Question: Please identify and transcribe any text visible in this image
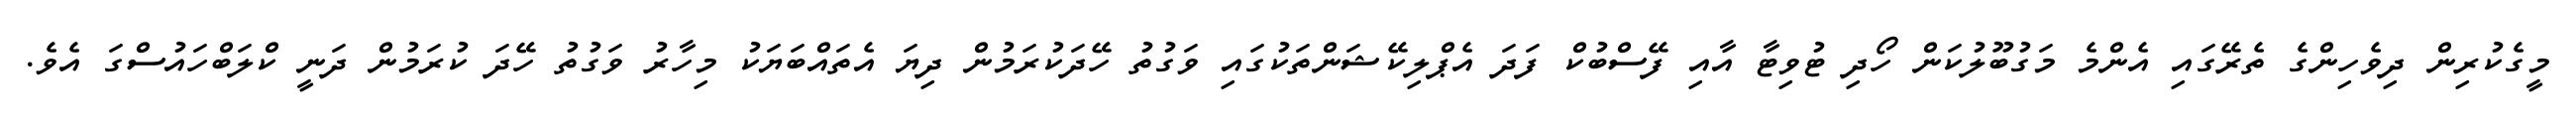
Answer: މީގެކުރިން ދިވެހިންގެ ތެރޭގައި އެންމެ މަގުބޫލުކަން ހޯދި ޓުވިޓާ އާއި ފޭސްބުކް ފަދަ އެޕްލިކޭޝަންތަކުގައި ވަގުތު ހޭދަކުރަމުން ދިޔަ އެތައްބަޔަކު މިހާރު ވަގުތު ހޭދަ ކުރަމުން ދަނީ ކްލަބްހައުސްގަ އެވެ.